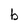
Character: b